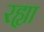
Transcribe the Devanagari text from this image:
रह्या